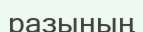
разының